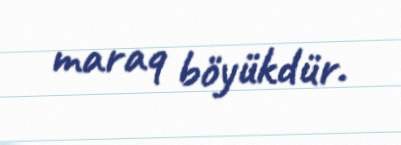
maraq böyükdür.